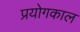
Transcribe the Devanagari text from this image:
प्रयोगकाल